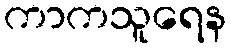
ကာကသူရေန